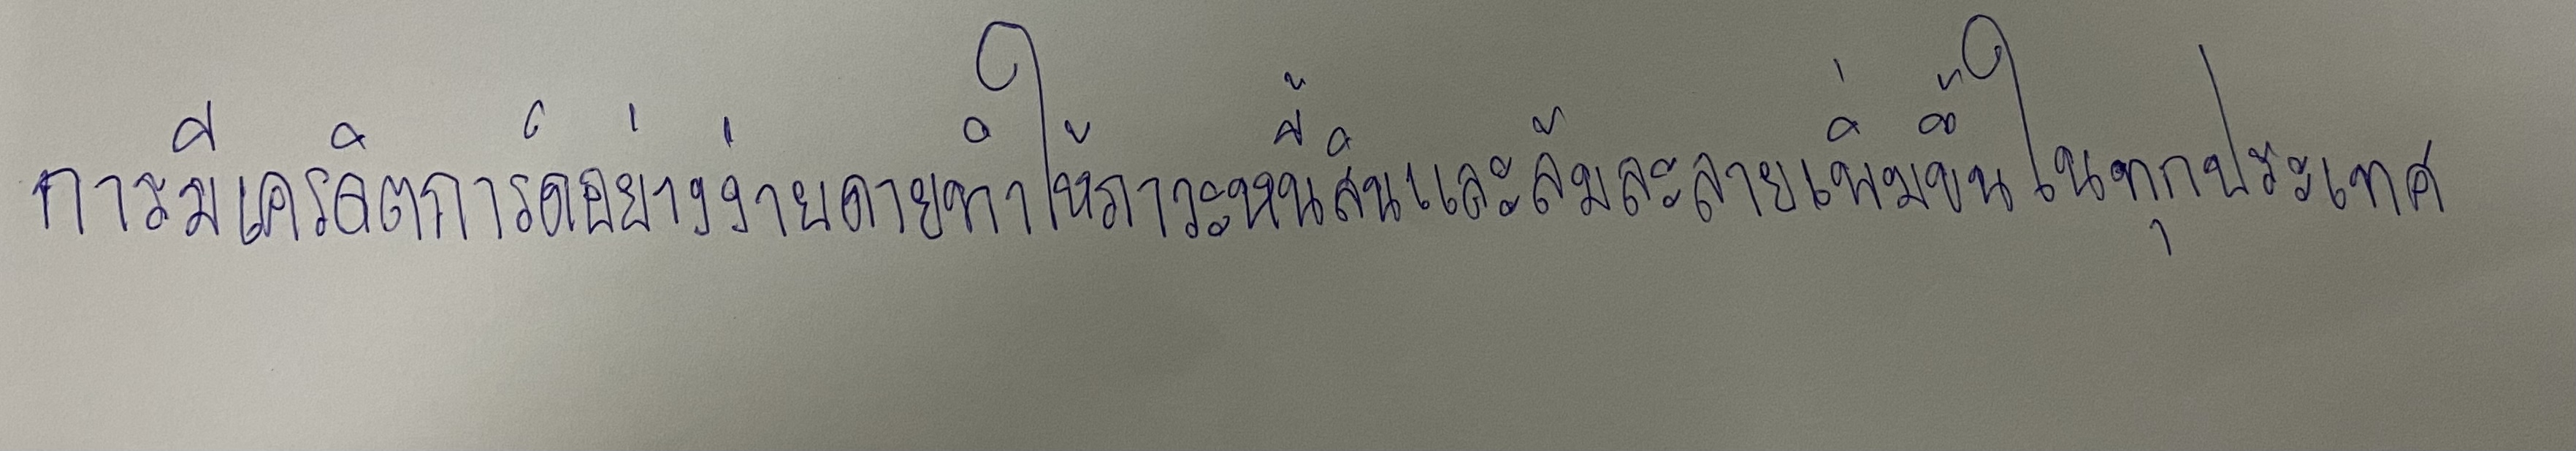
การมีเครดิตการ์ดอย่างง่ายดายทำให้ภาวะหนี้สินและล้มละลายเพิ่มขึ้นในทุกประเทศ